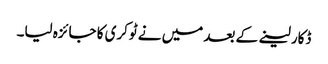
ڈکار لینے کے بعد میں نے ٹوکری کا جائزہ لیا۔